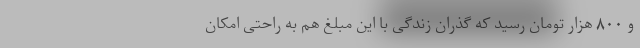
و ۸۰۰ هزار تومان رسید که گذران زندگی با این مبلغ هم به راحتی امکان